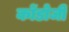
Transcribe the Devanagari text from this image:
कोंडोजी